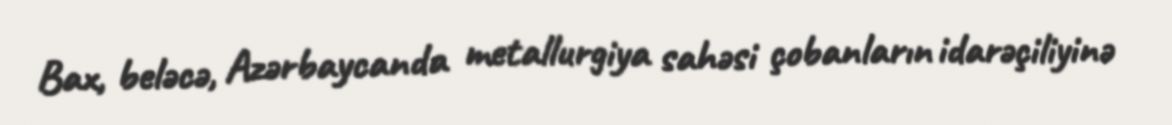
Bax, beləcə, Azərbaycanda metallurgiya sahəsi çobanların idarəçiliyinə